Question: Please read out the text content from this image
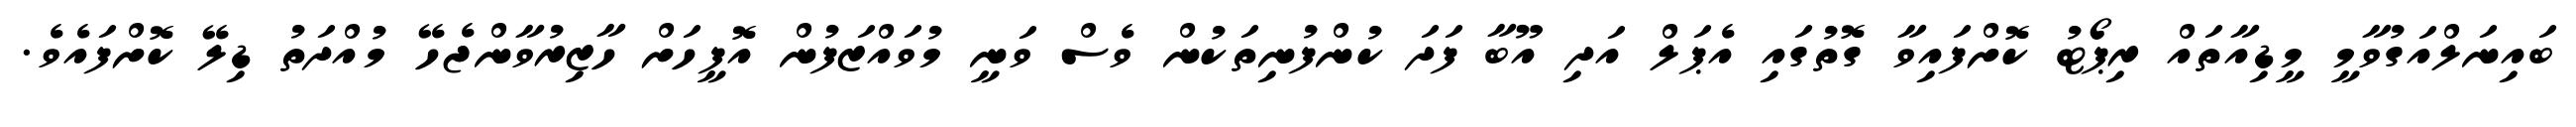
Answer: ބައިނަލްއަގުވާމީ މީޑިއާތައް ރިޕޯޓު ކޮށްފައިވާ ގޮތުގައި އެޕަލް އަދި އޫބާ ފަދަ ކުންފުނިތަކުން ވެސް ވަނީ މުވައްޒަފުން އޮފީހަށް ހާޒިރުވާންޖެހޭ މުއްދަތު ޑިލޭ ކޮށްފައެވެ.